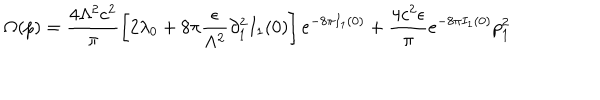
\Omega ( p ) = \frac { 4 \Lambda ^ { 2 } c ^ { 2 } } { \pi } \left[ 2 \lambda _ { 0 } + 8 \pi \frac { \epsilon } { \Lambda ^ { 2 } } \partial _ { 1 } ^ { 2 } I _ { 1 } ( 0 ) \right] e ^ { - 8 \pi I _ { 1 } ( 0 ) } + \frac { 4 c ^ { 2 } \epsilon } { \pi } e ^ { - 8 \pi I _ { 1 } ( 0 ) } p _ { 1 } ^ { 2 }